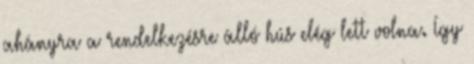
ahányra a rendelkezésre álló hús elég lett volna. Így